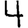
Digit: 4